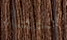
الخطاء